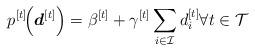
LaTeX: \begin{align*}p^{[t]}\!\!\left(\boldsymbol{d}^{[t]}\right)=\beta^{[t]} + \gamma^{[t]} \sum_{i \in \mathcal{I}}{ d_i^{[t]} } \forall t \in \mathcal{T} \end{align*}